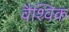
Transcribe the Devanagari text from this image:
वैश्‍िवक